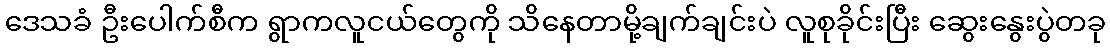
ဒေသခံ ဦးပေါက်စီက ရွာကလူငယ်တွေကို သိနေတာမို့ချက်ချင်းပဲ လူစုခိုင်းပြီး ဆွေးနွေးပွဲတခု